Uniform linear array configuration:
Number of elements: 48
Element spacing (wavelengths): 0.5
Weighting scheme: binomial
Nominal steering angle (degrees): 45
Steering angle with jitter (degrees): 45.448
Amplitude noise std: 0.05
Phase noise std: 0.05

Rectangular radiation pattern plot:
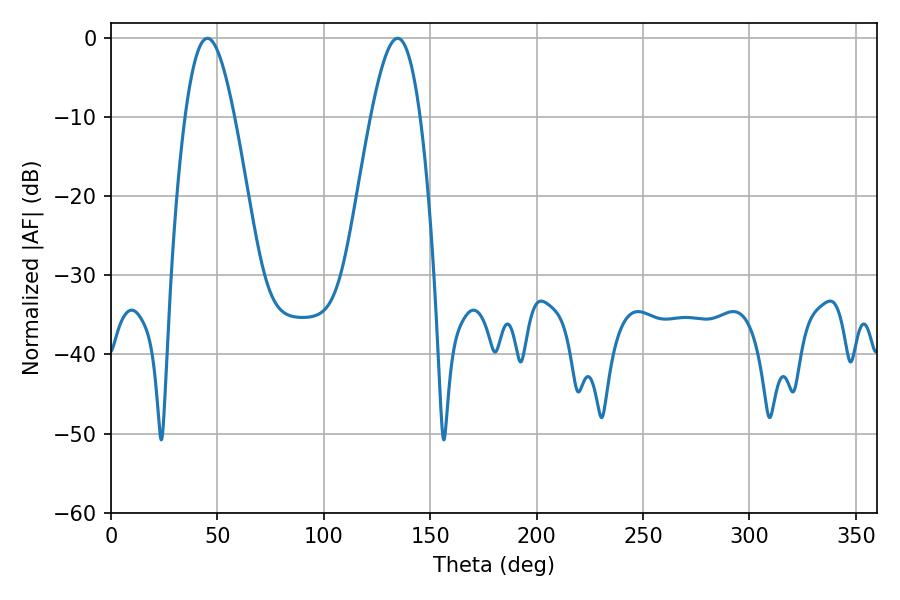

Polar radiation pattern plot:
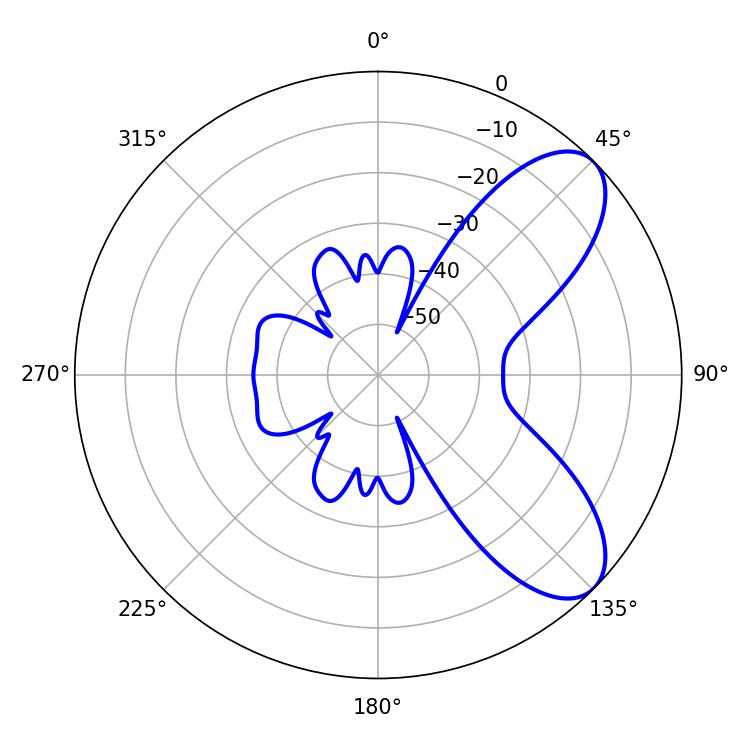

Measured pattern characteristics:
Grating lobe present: FALSE
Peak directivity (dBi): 7.7
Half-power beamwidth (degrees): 12.42
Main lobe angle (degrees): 45.36